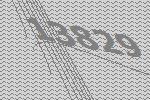
13829